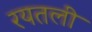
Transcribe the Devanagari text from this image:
रयतली